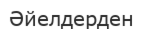
Әйелдерден